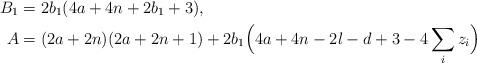
LaTeX: \begin{align*} B_1 &= 2b_1(4a+4n+2b_1+3), \\ A &= (2a+2n)(2a+2n+1) + 2b_1\Bigl(4a+4n-2l-d+3 - 4 \sum_i z_i\Bigr) \end{align*}